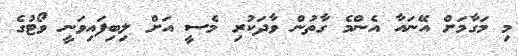
މި މަގާމަށް އޭނައާ އެންމެ ގާތުން ވާދަކުރި މެސީ އަށް ލިބިފައިވަނީ ވޯޓުގެ